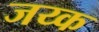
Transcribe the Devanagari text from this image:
जय्क